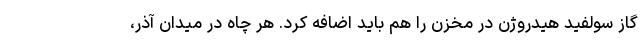
گاز سولفید هیدروژن در مخزن را هم باید اضافه کرد. هر چاه در میدان آذر،